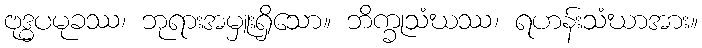
ဗုဒ္ဓပမုခဿ၊ ဘုရားအမှူးရှိသော။ ဘိက္ခုသံဃဿ၊ ရဟန်းသံဃာအား။